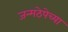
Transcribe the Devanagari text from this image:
जन्मठेपेच्या